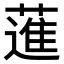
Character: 𦻗